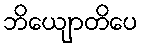
ဘိယျောတိပေ